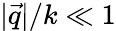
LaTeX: |\vec{q}|/k\ll 1